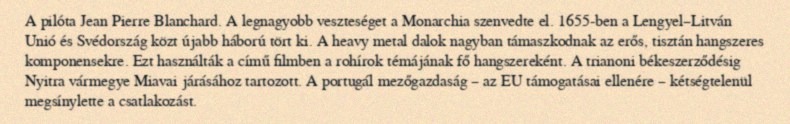
A pilóta Jean Pierre Blanchard. A legnagyobb veszteséget a Monarchia szenvedte el. 1655-ben a Lengyel–Litván Unió és Svédország közt újabb háború tört ki. A heavy metal dalok nagyban támaszkodnak az erős, tisztán hangszeres komponensekre. Ezt használták a című filmben a rohírok témájának fő hangszereként. A trianoni békeszerződésig Nyitra vármegye Miavai járásához tartozott. A portugál mezőgazdaság – az EU támogatásai ellenére – kétségtelenül megsínylette a csatlakozást.